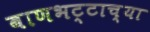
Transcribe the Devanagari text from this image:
बाणभट्टाच्या